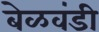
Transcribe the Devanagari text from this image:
बेळवंडी